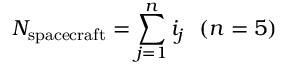
N _ { \mathrm { s p a c e c r a f t } } = \sum _ { j = 1 } ^ { n } i _ { j } \, \, \, \, ( n = 5 )